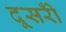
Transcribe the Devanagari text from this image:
दूसरोँ